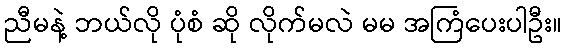
ညီမနဲ့ ဘယ်လို ပုံစံ ဆို လိုက်မလဲ မမ အကြံပေးပါဦး။